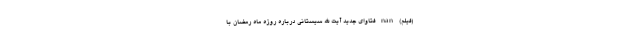
(فیلم) nan فتاوای جدید آیت الله سیستانی درباره روزه‌ ماه رمضان با